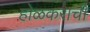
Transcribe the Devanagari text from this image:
होळकराची